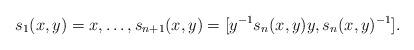
LaTeX: \begin{align*} s_1(x,y)=x,\dots, s_{n+1}(x,y)=[y^{-1}s_n(x,y)y,s_n(x,y)^{-1}].\end{align*}